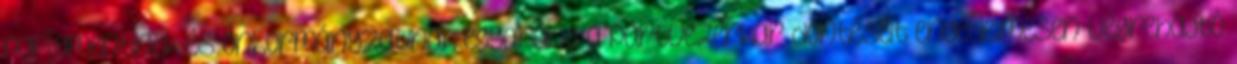
parlamentinek és önkormányzatinak egyaránt a pártvezérkar döntéseit engedelmesen végrehajtó